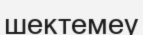
шектемеу